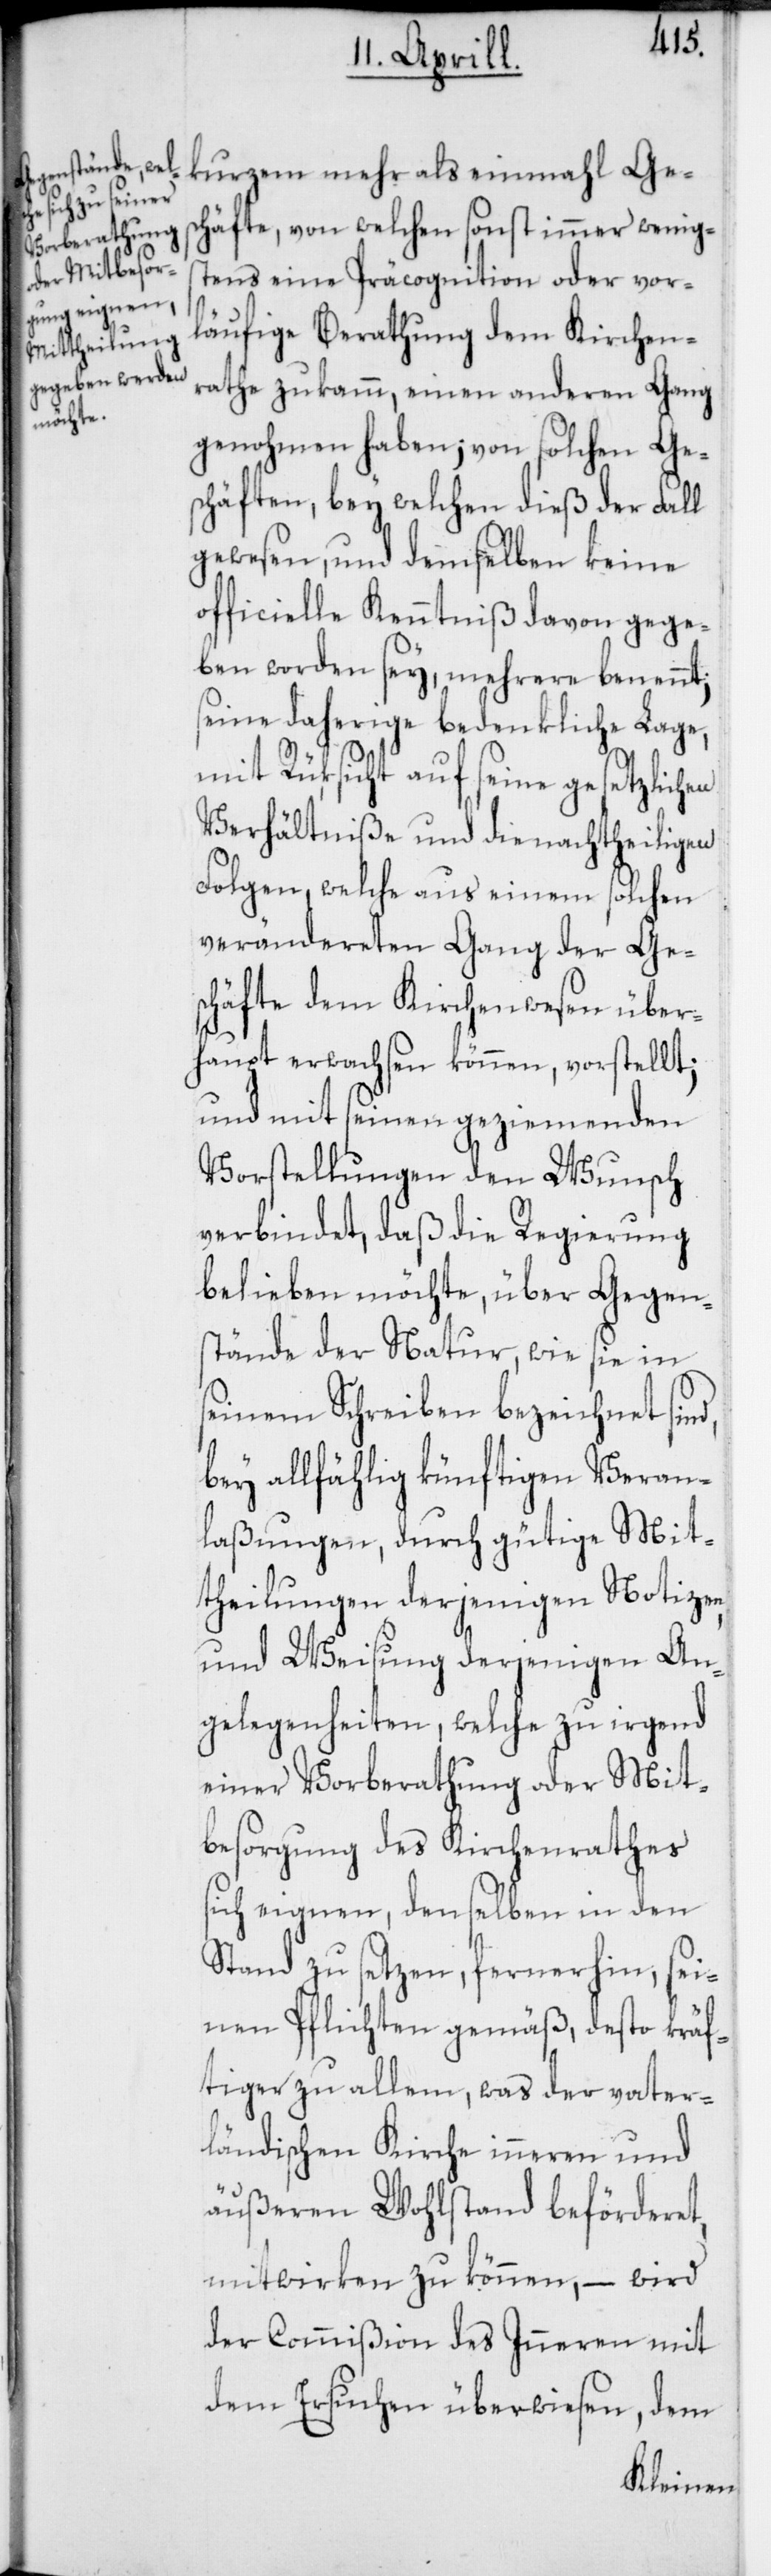
kurzem mehr als einmahl Ges¬
chäfte, von welchen sonst immer wenigs¬
tens eine Präcognition oder vor¬
läufige Berathung dem Kirchen¬
rathe zukam, einen anderen Gang
genohmen haben; von solchen Ge¬
schäften, bey welchen dieß der Fall
gewesen, und demselben keine
officielle Kenntniß davon gege¬
ben worden sey, mehrere benennt;
seine daherige bedenkliche Lage,
mit Rüksicht auf seine gesetzlichen
Verhältniße und die nachtheiligen
Folgen, welche aus einem solchen
verändereten Gang der Ge¬
schäfte dem Kirchenwesen über¬
haupt erwachsen können, vorstellt;
und mit seinen geziemenden
Vorstellungen den Wunsch
verbindet, daß die Regierung
belieben möchte, über Gegen¬
stände der Natur, wie sie in
seinem Schreiben bezeichnet sind,
bey allfählig künftigen Veran¬
laßungen, durch gütige Mit¬
theilungen derjenigen Notizen
und Weisungen derjenigen An¬
gelegenheiten, welche zu irgend
einer Vorberatung oder Mit¬
besorgung des Kirchenrathes
sich eignen, denselben in den
Stand zu setzen, fernerhin sei¬
nen Pflichten gemäß, desto kräf¬
tiger zu allem, was der vater¬
ländischen Kirche inneren und
äußeren Wohlstand beförderet,
mitwirken zu können, wird
der Commißion des Inneren mit
dem Ersuchen überwiesen, dem